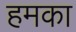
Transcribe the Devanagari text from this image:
हमका